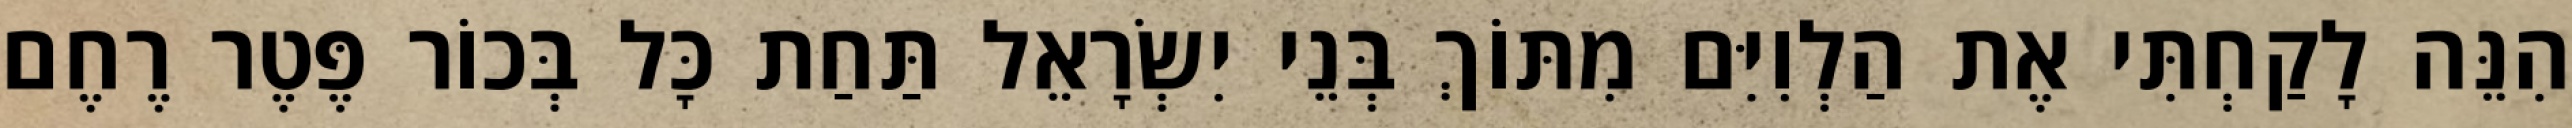
הִנֵּה לָקַחְתִּי אֶת הַלְוִיִּם מִתּוֹךְ בְּנֵי יִשְׂרָאֵל תַּחַת כָּל בְּכוֹר פֶּטֶר רֶחֶם